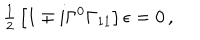
LaTeX: { \textstyle \frac { 1 } { 2 } } \left[ 1 \mp i \Gamma ^ { 0 } \Gamma _ { 1 1 } \right] \epsilon = 0 \, ,